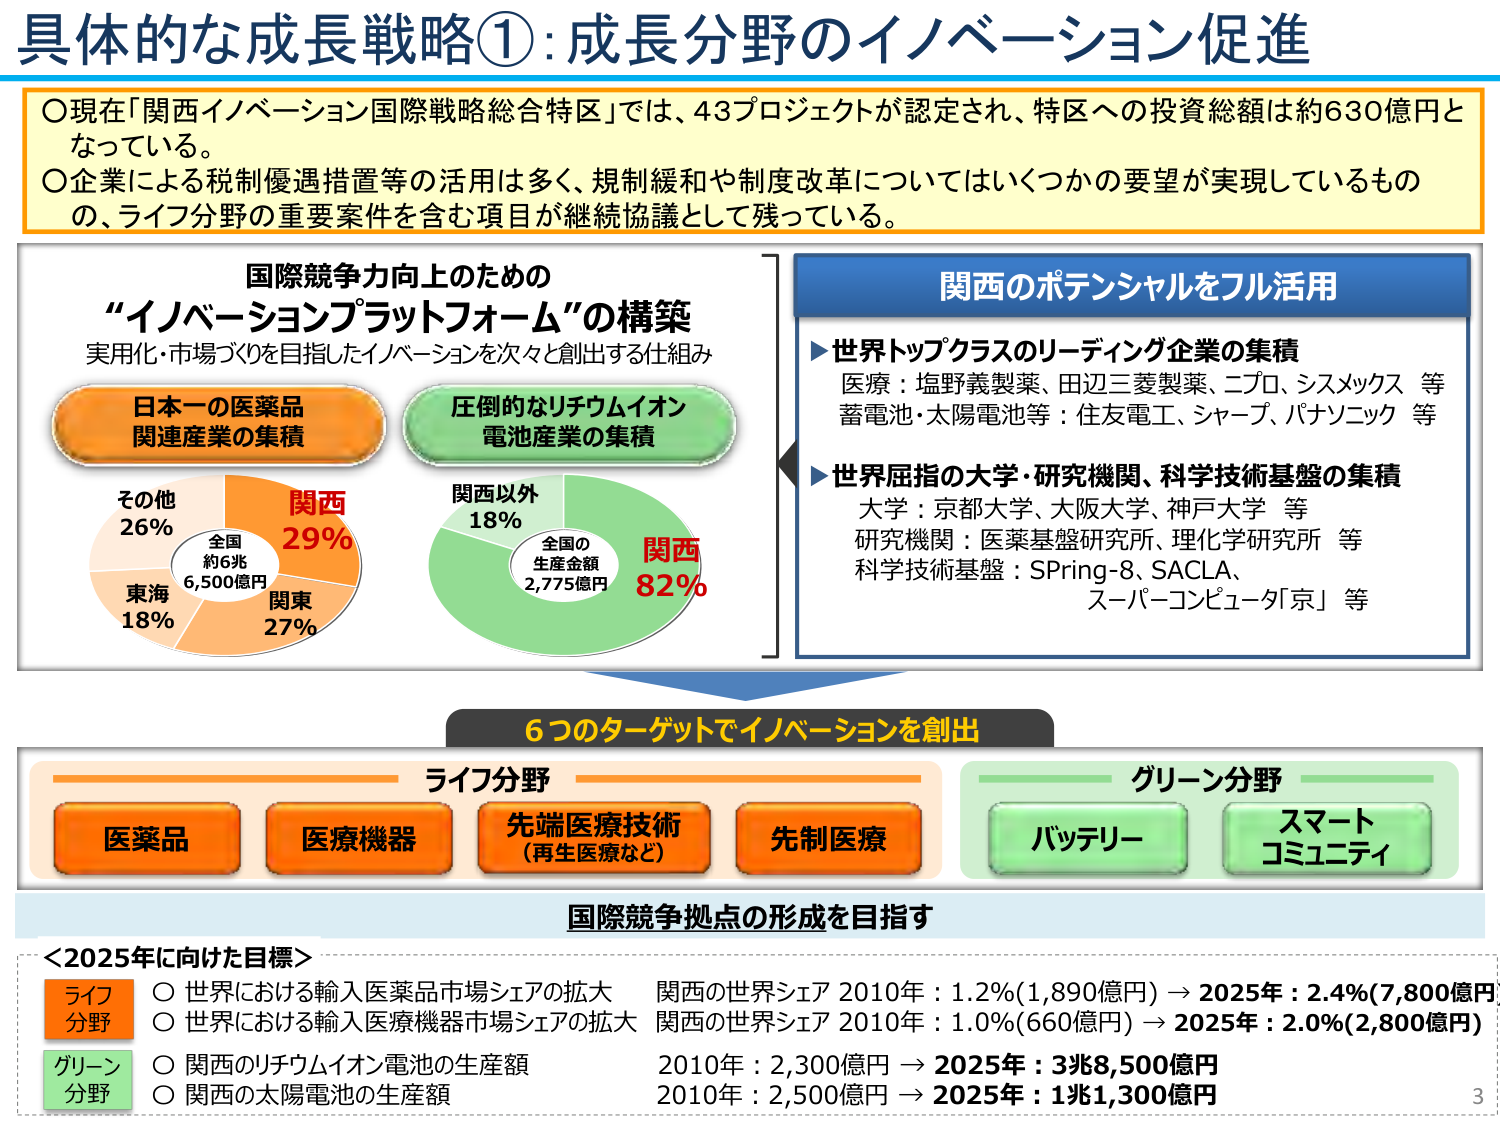
具体的な成長戦略①：成長分野のイノベーション促進

○現在「関西イノベーション国際戦略総合特区」では、43プロジェクトが認定され、特区への投資総額は約630億円となっている。
○企業による税制優遇措置等の活用は多く、規制緩和や制度改革についてはいくつかの要望が実現しているものの、ライフ分野の重要案件を含む項目が継続協議として残っている。

国際競争力向上のための
“イノベーションプラットフォーム”の構築
実用化・市場づくりを目指したイノベーションを次々と創出する仕組み

日本一の医薬品
関連産業の集積

圧倒的なリチウムイオン
電池産業の集積

その他 26%
全国 約6兆 6,500億円
関西 29%
東海 18%
関東 27%

関西以外 18%
全国の 生産金額 2,775億円
関西 82%

関西のポテンシャルをフル活用

▶世界トップクラスのリーディング企業の集積
医療：塩野義製薬、田辺三菱製薬、ニプロ、シスメックス 等
蓄電池・太陽電池等：住友電工、シャープ、パナソニック 等

▶世界屈指の大学・研究機関、科学技術基盤の集積
大学：京都大学、大阪大学、神戸大学 等
研究機関：医薬基盤研究所、理化学研究所 等
科学技術基盤：SPring-8、SACLA、
スーパーコンピュータ「京」等

6つのターゲットでイノベーションを創出

ライフ分野
医薬品
医療機器
先端医療技術（再生医療など）
先制医療

グリーン分野
バッテリー
スマートコミュニティ

国際競争拠点の形成を目指す

＜2025年に向けた目標＞

ライフ分野
○世界における輸入医薬品市場シェアの拡大 関西の世界シェア 2010年：1.2％(1,890億円) → 2025年：2.4％(7,800億円)
○世界における輸入医療機器市場シェアの拡大 関西の世界シェア 2010年：1.0％(660億円) → 2025年：2.0％(2,800億円)

グリーン分野
○関西のリチウムイオン電池の生産額 2010年：2,300億円 → 2025年：3兆8,500億円
○関西の太陽電池の生産額 2010年：2,500億円 → 2025年：1兆1,300億円

3